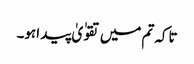
تاکہ تم میں تقوٰ یٰ پید اہو۔